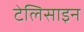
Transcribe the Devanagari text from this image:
टेलिसाइन